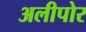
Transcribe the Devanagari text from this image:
अलीपोर